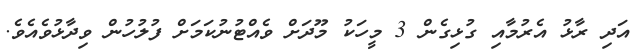
އަދި ރާޅު އެރުމާއި ގުޅިގެން 3 މީހަކު މޫދަށް ވެއްޓުނުކަމަށް ފުލުހުން ވިދާޅުވެއެވެ.